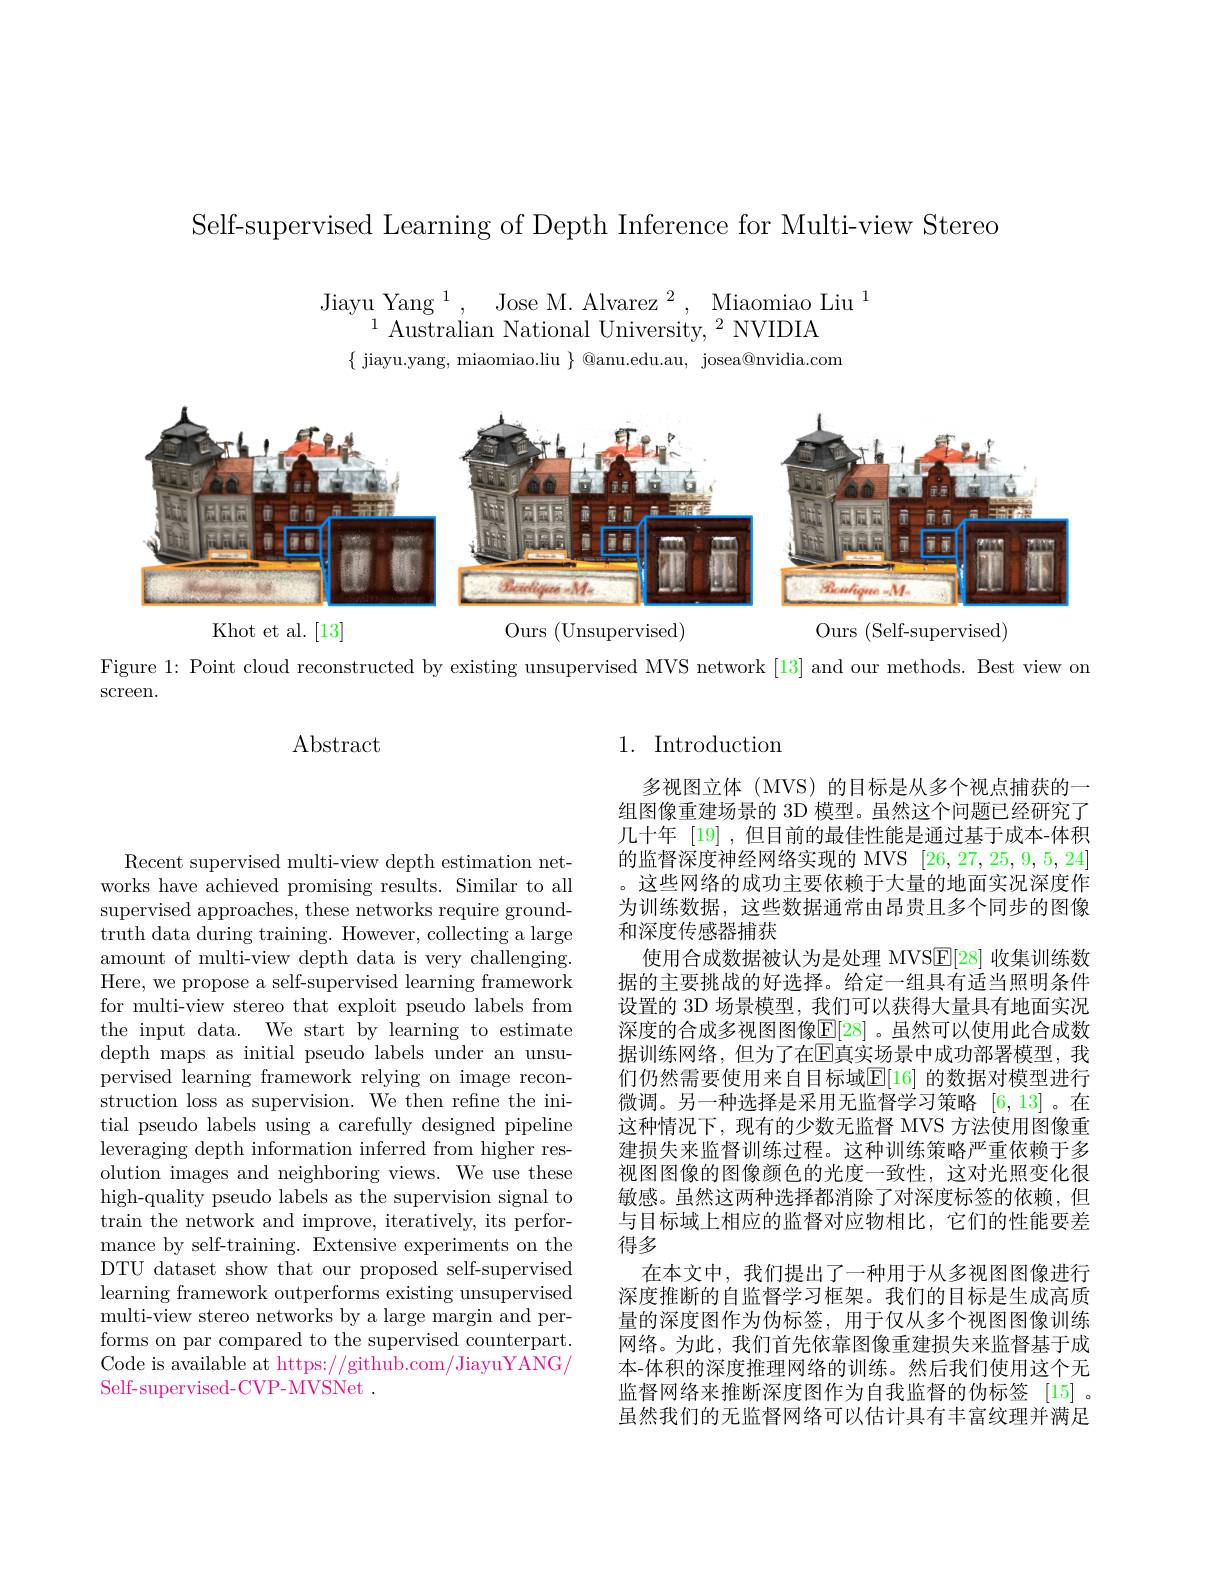
Self-supervised Learning of Depth Inference for Multi-view Stereo

$\begin{array}{c}{\mathrm{Jiayu~Yang~}^{1},~\mathrm{Jose~M.~Alvarez~}^{2},~\mathrm{Miaomiao~Liu~}^{1}}\\{^{1}~\mathrm{Australian~National~University,~}^{2}~\mathrm{NVIDIA}}\end{array}$
$\{$ jiayu.yang, miaomiao.liu $\}$ @anu.edu.au, josea@nvidia.com

<FigureHere>

Khot et al.[13]

Ours (Unsupervised)

Ours (Self-supervised)

Figure 1: Point cloud reconstructed by existing unsupervised MVS network [13] and our methods. Best view on

screen.

$\operatorname{Abstract}$

## 1. Introduction

多视图立体(MVS)的目标是从多个视点捕获的一组图像重建场景的 3D 模型。虽然这个问题已经研究了几十年[19],但目前的最佳性能是通过基于成本-体积的监督深度神经网络实现的 MVS [26,27,25,9,5,24]
这些网络的成功主要依赖于大量的地面实况深度作为训练数据，这些数据通常由昂贵且多个同步的图像和深度传感器捕获
使用合成数据被认为是处理 MVSE[28] 收集训练数据的主要挑战的好选择。给定一组具有适当照明条件设置的 3D 场景模型，我们可以获得大量具有地面实况深度的合成多视图图像$\mathbb{E}[28]$。虽然可以使用此合成数据训练网络，但为了在$\mathbb{E}$真实场景中成功部署模型，我们仍然需要使用来自目标域$\mathbb{E}[16]$ 的数据对模型进行微调。另一种选择是采用无监督学习策略[6,13] 。在这种情况下，现有的少数无监督 MVS 方法使用图像重建损失来监督训练过程。这种训练策略严重依赖于多视图图像的图像颜色的光度一致性，这对光照变化很敏感。虽然这两种选择都消除了对深度标签的依赖，但与目标域上相应的监督对应物相比，它们的性能要差得多
在本文中，我们提出了一种用于从多视图图像进行深度推断的自监督学习框架。我们的目标是生成高质量的深度图作为伪标签，用于仅从多个视图图像训练网络。为此，我们首先依靠图像重建损失来监督基于成本-体积的深度推理网络的训练。然后我们使用这个无监督网络来推断深度图作为自我监督的伪标签 [15]。虽然我们的无监督网络可以估计具有丰富纹理并满足

Recent supervised multi-view depth estimation networks have achieved promising results. Similar to all supervised approaches, these networks require groundtruth data during training. However, collecting a large amount of multi-view depth data is very challenging. Here, we propose a self-supervised learning framework for multi-view stereo that exploit pseudo labels from the input data. We start by learning to estimate depth maps as initial pseudo labels under an unsupervised learning framework relying on image reconstruction loss as supervision. We then refine the initial pseudo labels using a carefully designed pipeline leveraging depth information inferred from higher resolution images and neighboring views. We use these high-quality pseudo labels as the supervision signal to train the network and improve, iteratively, its performance by self-training. Extensive experiments on the DTU dataset show that our proposed self-supervised learning framework outperforms existing unsupervised multi-view stereo networks by a large margin and performs on par compared to the supervised counterpart. Code is available at https://github.com/JiayuYANG/ Self-supervised-CVP-MVSNet .